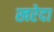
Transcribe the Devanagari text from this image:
खरेदा